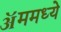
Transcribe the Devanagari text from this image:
ॲममध्ये